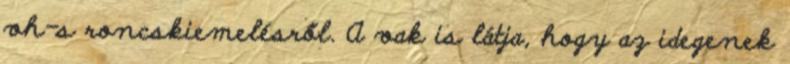
vh-s roncskiemelésről. A vak is látja, hogy az idegenek